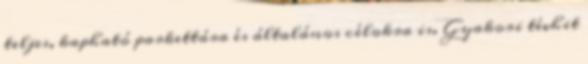
teljes, kapható parkettára és általános célokra is. Gyakori tévhit